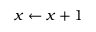
x \gets x + 1